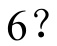
\(6?\)